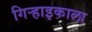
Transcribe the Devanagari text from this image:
गिऱ्हाइकाला